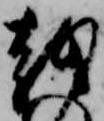
越